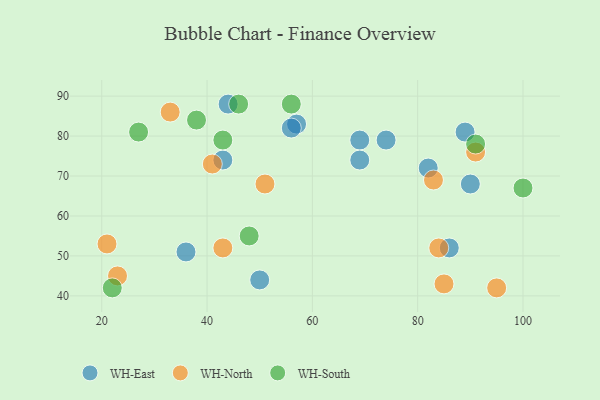
{"axis": {"x": "GDP", "y": "Life Expectancy"}, "legend": ["WH-East", "WH-North", "WH-South"], "data": [{"x": "86", "y": 52, "type": "WH-East"}, {"x": "50", "y": 44, "type": "WH-East"}, {"x": "57", "y": 83, "type": "WH-East"}, {"x": "74", "y": 79, "type": "WH-East"}, {"x": "69", "y": 79, "type": "WH-East"}, {"x": "89", "y": 81, "type": "WH-East"}, {"x": "90", "y": 68, "type": "WH-East"}, {"x": "43", "y": 74, "type": "WH-East"}, {"x": "36", "y": 51, "type": "WH-East"}, {"x": "44", "y": 88, "type": "WH-East"}, {"x": "69", "y": 74, "type": "WH-East"}, {"x": "82", "y": 72, "type": "WH-East"}, {"x": "56", "y": 82, "type": "WH-East"}, {"x": "33", "y": 86, "type": "WH-North"}, {"x": "23", "y": 45, "type": "WH-North"}, {"x": "21", "y": 53, "type": "WH-North"}, {"x": "85", "y": 43, "type": "WH-North"}, {"x": "51", "y": 68, "type": "WH-North"}, {"x": "43", "y": 52, "type": "WH-North"}, {"x": "83", "y": 69, "type": "WH-North"}, {"x": "95", "y": 42, "type": "WH-North"}, {"x": "91", "y": 76, "type": "WH-North"}, {"x": "84", "y": 52, "type": "WH-North"}, {"x": "41", "y": 73, "type": "WH-North"}, {"x": "46", "y": 88, "type": "WH-South"}, {"x": "56", "y": 88, "type": "WH-South"}, {"x": "38", "y": 84, "type": "WH-South"}, {"x": "48", "y": 55, "type": "WH-South"}, {"x": "27", "y": 81, "type": "WH-South"}, {"x": "22", "y": 42, "type": "WH-South"}, {"x": "43", "y": 79, "type": "WH-South"}, {"x": "100", "y": 67, "type": "WH-South"}, {"x": "91", "y": 78, "type": "WH-South"}]}